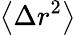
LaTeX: \left\langle{\Delta r^{2}}\right\rangle